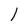
Character: 1